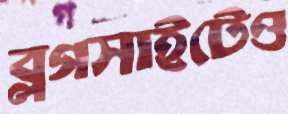
ব্লগসাইটেও